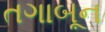
તગાબૂન